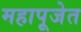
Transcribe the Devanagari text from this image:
महापूजेत